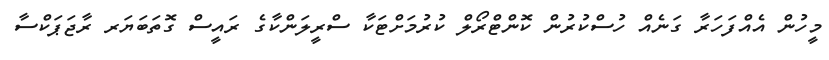
މީހުން އެއްފަހަރާ ގަނެއް ހުސްކުރުން ކޮންޓްރޯލް ކުރުމަށްޓަކާ ސްރީލަންކާގެ ރައީސް ގޮތަބަޔަރ ރާޖަޕަކްސާ